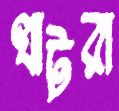
খাটরা